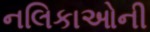
નલિકાઓની